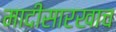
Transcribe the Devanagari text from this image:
मादीसारखाच